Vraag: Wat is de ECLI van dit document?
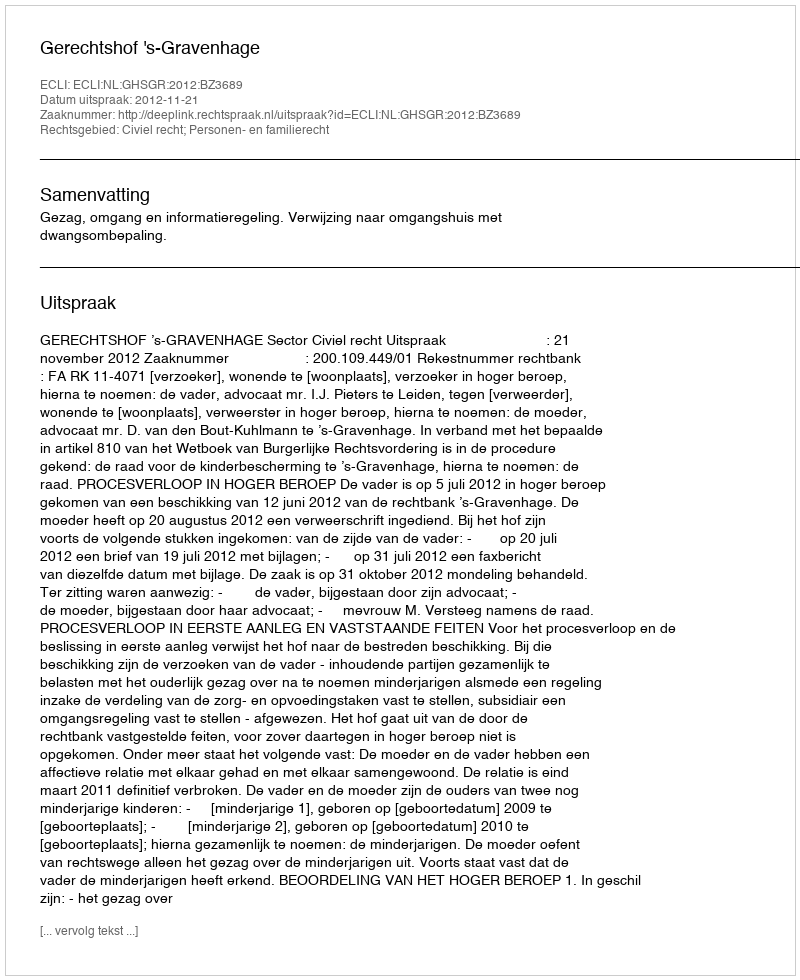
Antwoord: ECLI:NL:GHSGR:2012:BZ3689